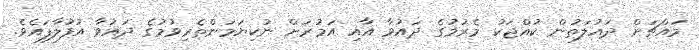
މައްޗަށް ދައުލަތުން ކުއްޖަކު މެރުމުގެ ދައުވާ އާއި އަމުރަށް ނުކިޔަމަންތެރިވުމުގެ ދައުވާ އުފުލާފައެވެ.